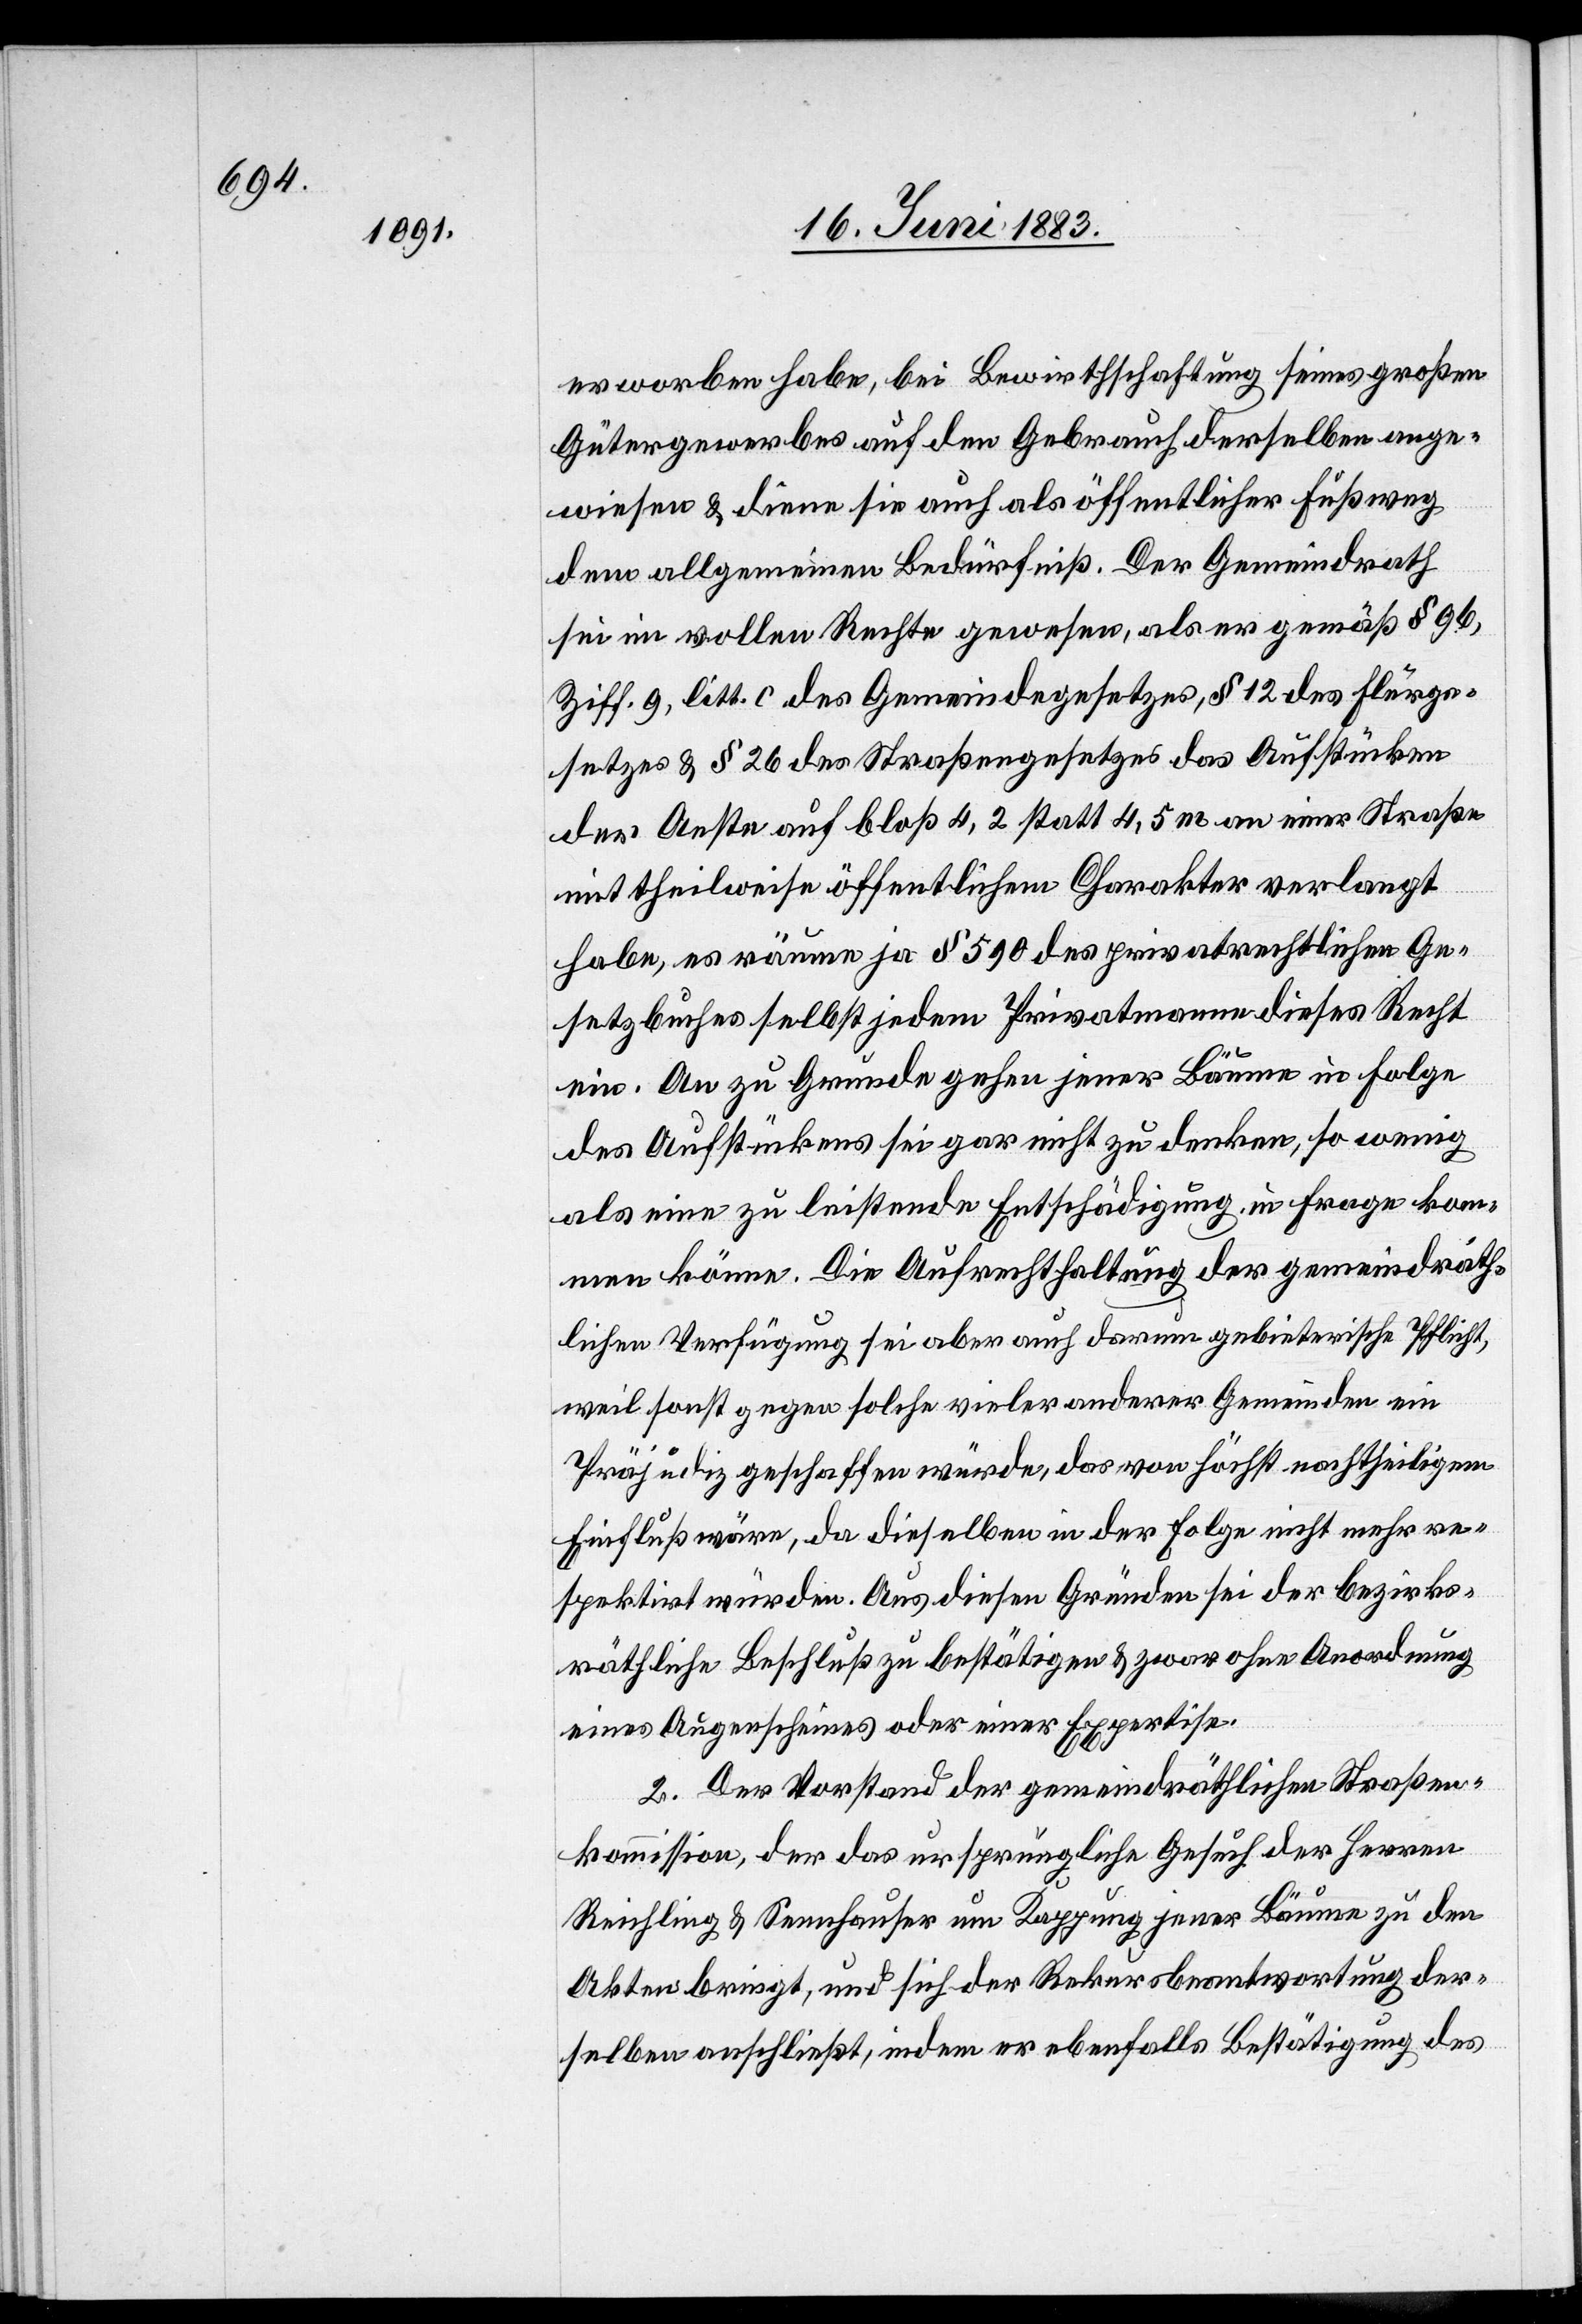
erworben habe, bei Bewirthschaftung seines großen
Gütergewerbes auf den Gebrauch derselben ange¬
wiesen & diene sie auch als öffentlicher Fußweg
dem allgemeinen Bedürfniß. Der Gemeindrath
sei in vollem Rechte gewesen, als er gemäß § 96,
Ziff. 9, litt. c des Gemeindegesetzes, § 12 des Flurge¬
setzes & Flur § 26 des Straßengesetzes das Aufstücken
der Aesten auf bloß 4,2 statt 4,5 m an einer Straße
mit theilweise öffentlichem Charakter verlangt
habe, es räume ja § 590 des privatrechtlichen Ge¬
setzbuches selbst jedem Privatmann dieses Recht
ein. An zu Grunde gehen jener Bäume in Folge
des Aufstückens sei gar nicht zu denken, so wenig
als eine zu leistende Entschädigung in Frage kom¬
men könne. Die Aufrechthaltung der gemeindräth¬
lichen Verfügung sei aber auch darum gebieterische Pflicht,
weil sonst gegen solche vieler anderer Gemeinden ein
Präjudiz geschaffen würde, das von höchst nachtheiligem
Einfluß wäre, da dieselben in der Folge nicht mehr re¬
spektirt würden. Aus diesen Gründen sei der bezirks¬
räthliche Beschluß zu bestätigen & zwar ohne Anordnung
eines Augenscheines oder einer Expertise.
2. Der Vorstand der gemeindräthlichen Straßen¬
kommission, der das ursprüngliche Gesuch der Herren
Reichling & Sennhauser um Kappung jener Bäume zu den
Akten bringt, und sich der Rekursbeantwortung der¬
selben anschließt, indem er ebenfalls Bestätigung des